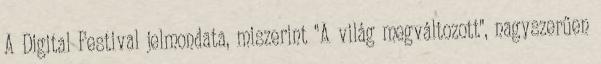
A Digital Festival jelmondata, miszerint "A világ megváltozott", nagyszerűen